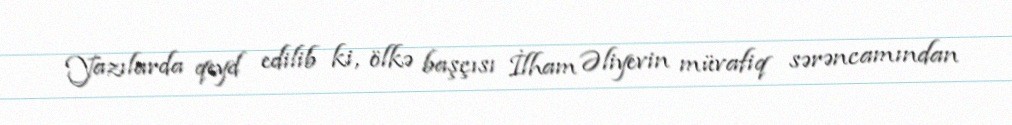
Yazılarda qeyd edilib ki, ölkə başçısı İlham Əliyevin müvafiq sərəncamından